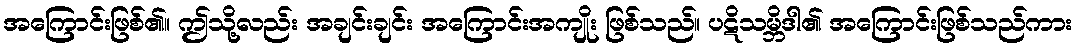
အကြောင်းဖြစ်၏။ ဤသို့လည်း အချင်းချင်း အကြောင်းအကျိုး ဖြစ်သည်။ ပဋိသမ္ဘိဒါ၏ အကြောင်းဖြစ်သည်ကား